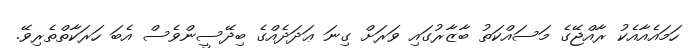
ހަމައެއާއެކު ރާއްޖޭގެ މަސައްކަތު ބާޒާރުގައި ވަރަށް ގިނަ ޢަދަދެއްގެ ބިދޭސީންވެސް އެބަ ހަރަކާތްތެރިވޭ.